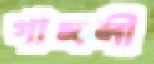
গাঙ্গলী